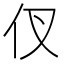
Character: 𮯷